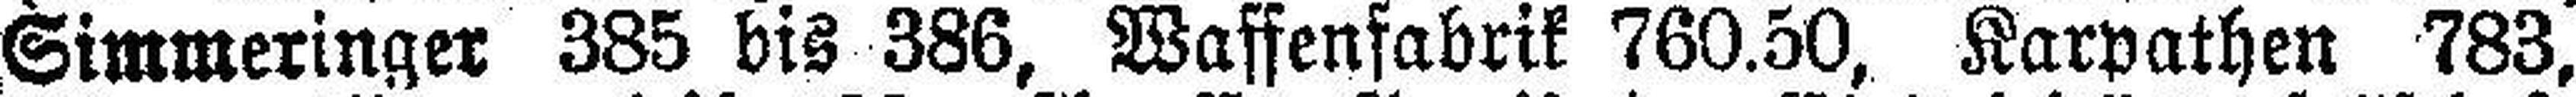
Simmeringer 385 bis 386, Waffenfabrik 760.50, Karpathen 783,